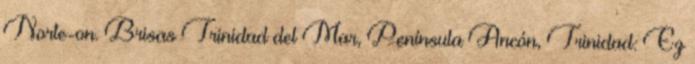
Norte-on. Brisas Trinidad del Mar, Península Ancón, Trinidad: Ez